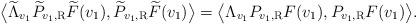
LaTeX: \begin{align*} \big\langle \widetilde \Lambda_{v_1} \widetilde P_{v_1, \rm R} \widetilde F (v_1), \widetilde P_{v_1, \rm R} \widetilde F (v_1) \big\rangle = \big\langle \Lambda_{v_1} P_{v_1, \rm R} F (v_1), P_{v_1, \rm R} F (v_1) \big\rangle.\end{align*}